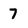
Character: 7